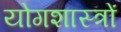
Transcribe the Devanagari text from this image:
योगशास्त्रों